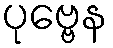
ပုဗ္ဗေန